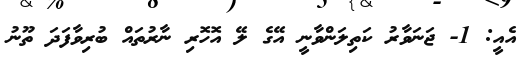
އެއީ: 1- ޖަނަވާރު ކަތިލަންވާނީ އޭގެ ލޭ އޮހޮރި ނާރުތައް ބުރިވާފަދަ ތޫނު